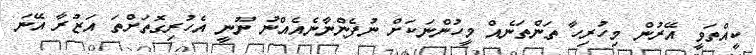
ކީއްތަވީ އޭރުން މިހުރިހާ ތަންތަނެއް މީހުންނަކަށް ނުފެންނާނެއެއްނު ނޫނީ އެހުރިގޮތަށްތަ އަޒުރާ އޭނަ